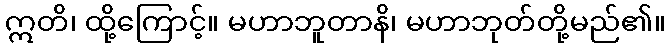
ဣတိ၊ ထို့ကြောင့်။ မဟာဘူတာနိ၊ မဟာဘုတ်တို့မည်၏။